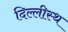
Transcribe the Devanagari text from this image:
दिल्लीस्थ